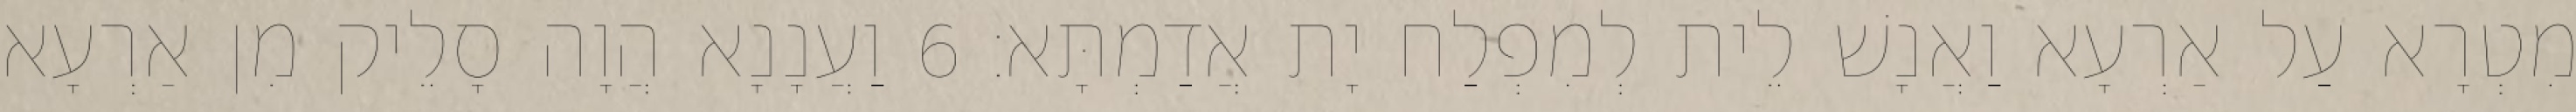
מִטְרָא עַל אַרְעָא וַאֲנָשׁ לֵית לְמִפְלַח יָת אֲדַמְתָּא׃ 6 וַעֲנָנָא הֲוָה סָלֵיק מִן אַרְעָא